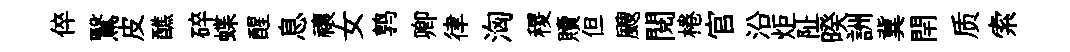
倅鷖皮醮碎蝶醒息禳女鹑卿律洶稷贖但颼閲棬官沿炬阯暌詶冀閈质索